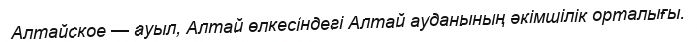
Алтайское — ауыл, Алтай өлкесіндегі Алтай ауданының әкімшілік орталығы.